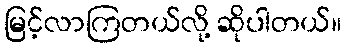
မြင့်လာကြတယ်လို့ ဆိုပါတယ်။